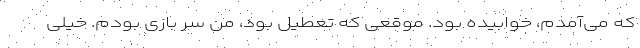
که می‌آمدم، خوابیده بود. موقعی که تعطیل بود، من سر بازی بودم. خیلی